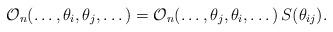
LaTeX: \begin{align*}\mathcal{O}_{n}(\dots ,\theta _{i},\theta _{j},\dots )=\mathcal{O}_{n}(\dots,\theta _{j},\theta _{i},\dots )\,S(\theta _{ij}). \end{align*}